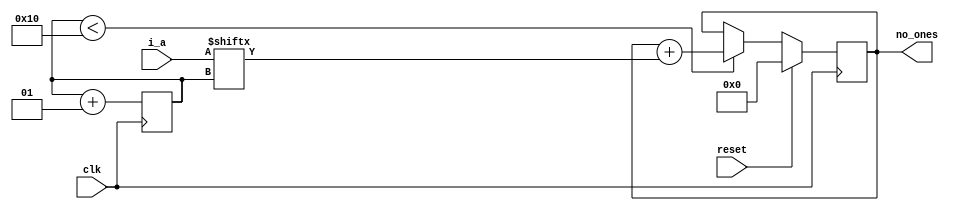
module no_1s (
              i_a                            ,//input
              clk                            ,//clock
              reset                          ,//reset
              no_ones                         //output
              )                              ;

input clk, reset                             ;//clock and reset declared as input
input       [15:0] i_a                       ;//16 bit input
output reg  [ 3:0] no_ones                   ;//4 bit output
integer i = 1'b0 ;

/*add the each bit till i is less than 16 bit*/
always @ (posedge clk)
   begin
      if (reset)
         no_ones <= 4'b0                     ;//number of 1s will be 0 if reset is 1
      else
         begin
            if (i < 16)
               no_ones <= no_ones + i_a[i]   ;//add i_a till i = 16
         end
      i <= i + 1                             ;//increment i
   end

endmodule